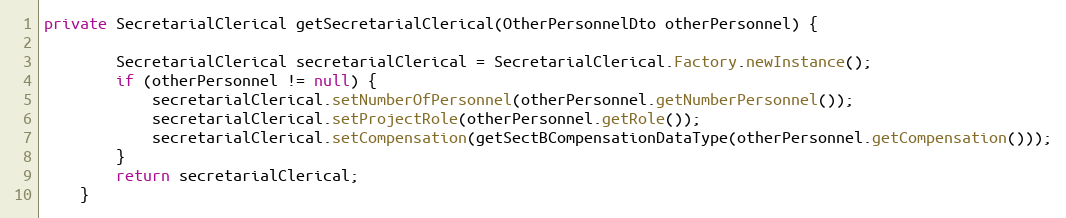
Language: Java
private SecretarialClerical getSecretarialClerical(OtherPersonnelDto otherPersonnel) {

        SecretarialClerical secretarialClerical = SecretarialClerical.Factory.newInstance();
        if (otherPersonnel != null) {
            secretarialClerical.setNumberOfPersonnel(otherPersonnel.getNumberPersonnel());
            secretarialClerical.setProjectRole(otherPersonnel.getRole());
            secretarialClerical.setCompensation(getSectBCompensationDataType(otherPersonnel.getCompensation()));
        }
        return secretarialClerical;
    }